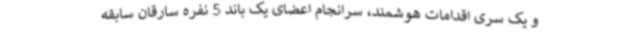
و یک سری اقدامات هوشمند، سرانجام اعضای یک باند 5 نفره سارقان سابقه